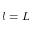
l = L